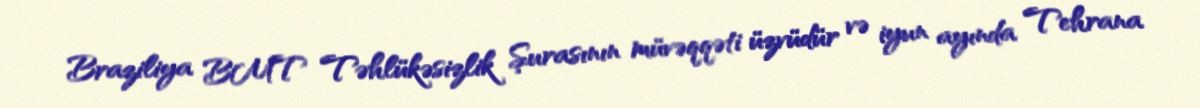
Braziliya BMT Təhlükəsizlik Şurasının müvəqqəti üzvüdür və iyun ayında Tehrana